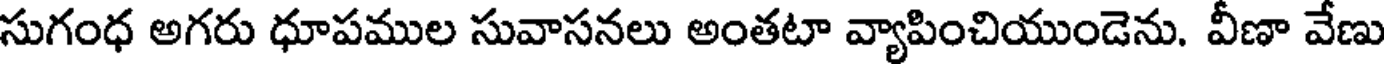
సుగంధ అగరు ధూపముల సువాసనలు అంతటా వ్యాపించియుండెను. వీణా వేణు